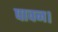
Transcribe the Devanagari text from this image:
पावन।